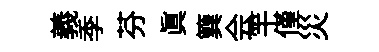
義季芬眞簨会竿僅災